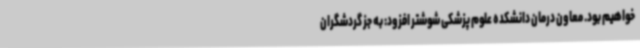
خواهیم بود. معاون درمان دانشکده علوم پزشکی شوشتر افزود: به جز گردشگران